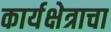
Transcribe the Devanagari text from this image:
कार्यक्षेत्राचा